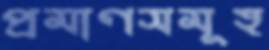
প্রমাণসমূহ